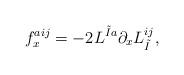
LaTeX: \begin{align*}f_{x}^{aij} = - 2 L^{\tilde{I} a} \partial_{x} L_{\tilde I}^{ij},\end{align*}